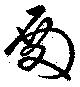
殿